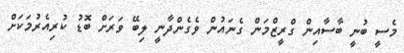
މެސީ ބުނީ ބާސާއިން ގްރީޒްމަން ގެނައުން ވެގެންދާނީ ލިބޭ ވަރަށް ބޮޑު ކުރިއެރުމަކަށް